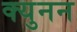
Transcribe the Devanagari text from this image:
क्युनन